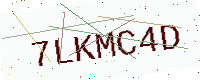
Text: 7LKMC4D